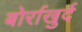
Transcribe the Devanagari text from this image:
बोर्राखुर्द